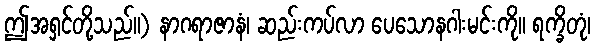
ဤအရှင်တို့သည်။) နာဂရာဇာနံ၊ ဆည်းကပ်လာ ပေသောနဂါးမင်းကို။ ရက္ခိတုံ၊